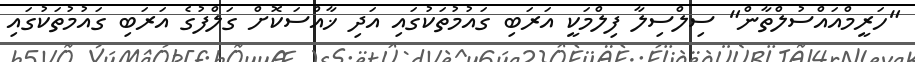
"ހަރީމްއައްސުލްތާން" ސިލްސިލާ ފިލްމަކީ އަރަބި ގައުމުތަކުގައި އަދި ޚާއްސަކޮށް ގަލްފުގެ އަރަބި ގައުމުތަކުގައި